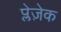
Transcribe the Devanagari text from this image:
प्लेज़ेक